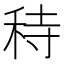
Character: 秲